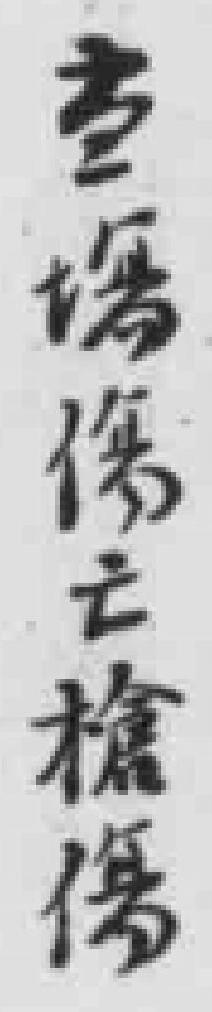
当場傷亡槍傷